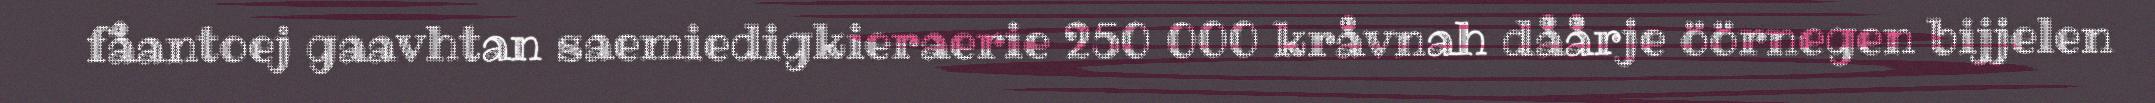
fåantoej gaavhtan saemiedigkieraerie 250 000 kråvnah dåårje öörnegen bijjelen